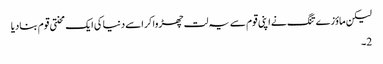
لیکن ماؤزے تنگ نے اپنی قوم سے یہ لت چھڑوا کر اسے دنیا کی ایک محنتی قوم بنادیا
2۔